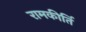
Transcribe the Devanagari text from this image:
रामकीर्ति